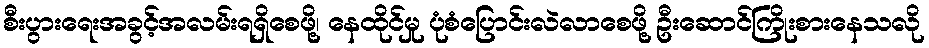
စီးပွားရေးအခွင့်အလမ်းရရှိစေဖို့၊ နေထိုင်မှု ပုံစံပြောင်းလဲလာစေဖို့ ဦးဆောင်ကြိုးစားနေသလို